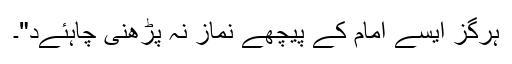
ہرگز ایسے امام کے پیچھے نماز نہ پڑھنی چاہئےد"۔